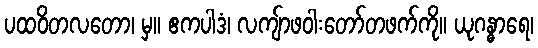
ပထဝိတလတော၊ မှ။ ဧကပါဒံ၊ လကျ်ာဖဝါးတော်တဖက်ကို။ ယုဂန္ဓာရေ၊